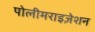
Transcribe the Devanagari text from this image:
पोलीमराइज़ेशन